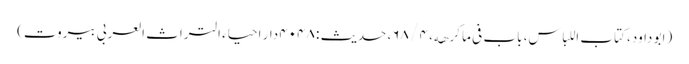
(ابو داود، کتاب اللباس، باب فی ما کرھه، ۴ / ۶۸، حدیث : ۴۰۴۸ دار احیاء التراث العربی بیروت)